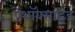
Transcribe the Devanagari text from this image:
ऐंथॉक्साइड